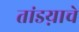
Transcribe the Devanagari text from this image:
तांडय़ाचे